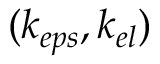
( k _ { e p s } , k _ { e l } )